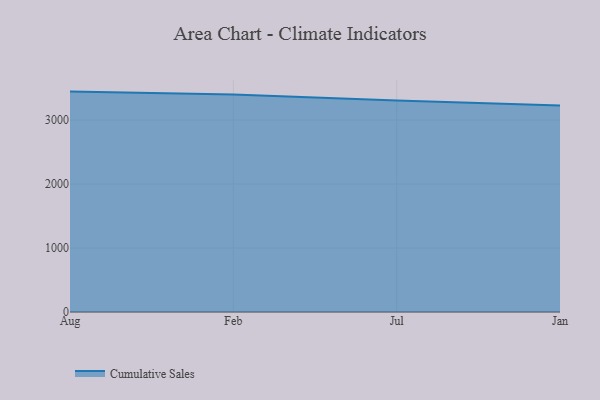
{"axis": {"x": "Month", "y": "Market Share (%)"}, "legend": ["Cumulative Sales"], "data": [{"x": "Aug", "y": 3446.1, "type": "Cumulative Sales"}, {"x": "Feb", "y": 3401.6, "type": "Cumulative Sales"}, {"x": "Jul", "y": 3307.2, "type": "Cumulative Sales"}, {"x": "Jan", "y": 3227.4, "type": "Cumulative Sales"}]}